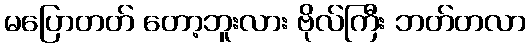
မပြောတတ် တော့ဘူးလား ဗိုလ်ကြီး ဘတ်တလာ